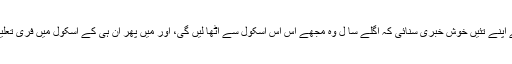
ایک سال بعد انہوں نے اپنے تئیں خوش خبری سنائی کہ اگلے سا ل وہ مجھے اس اس اسکول سے اٹھا لیں گی، اور میں پھر ان ہی کے اسکول میں فری تعلیم حاصل کر سکوں گا۔